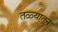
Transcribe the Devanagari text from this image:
तळ्यातून